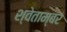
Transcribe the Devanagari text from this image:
श्वेताम्बरं